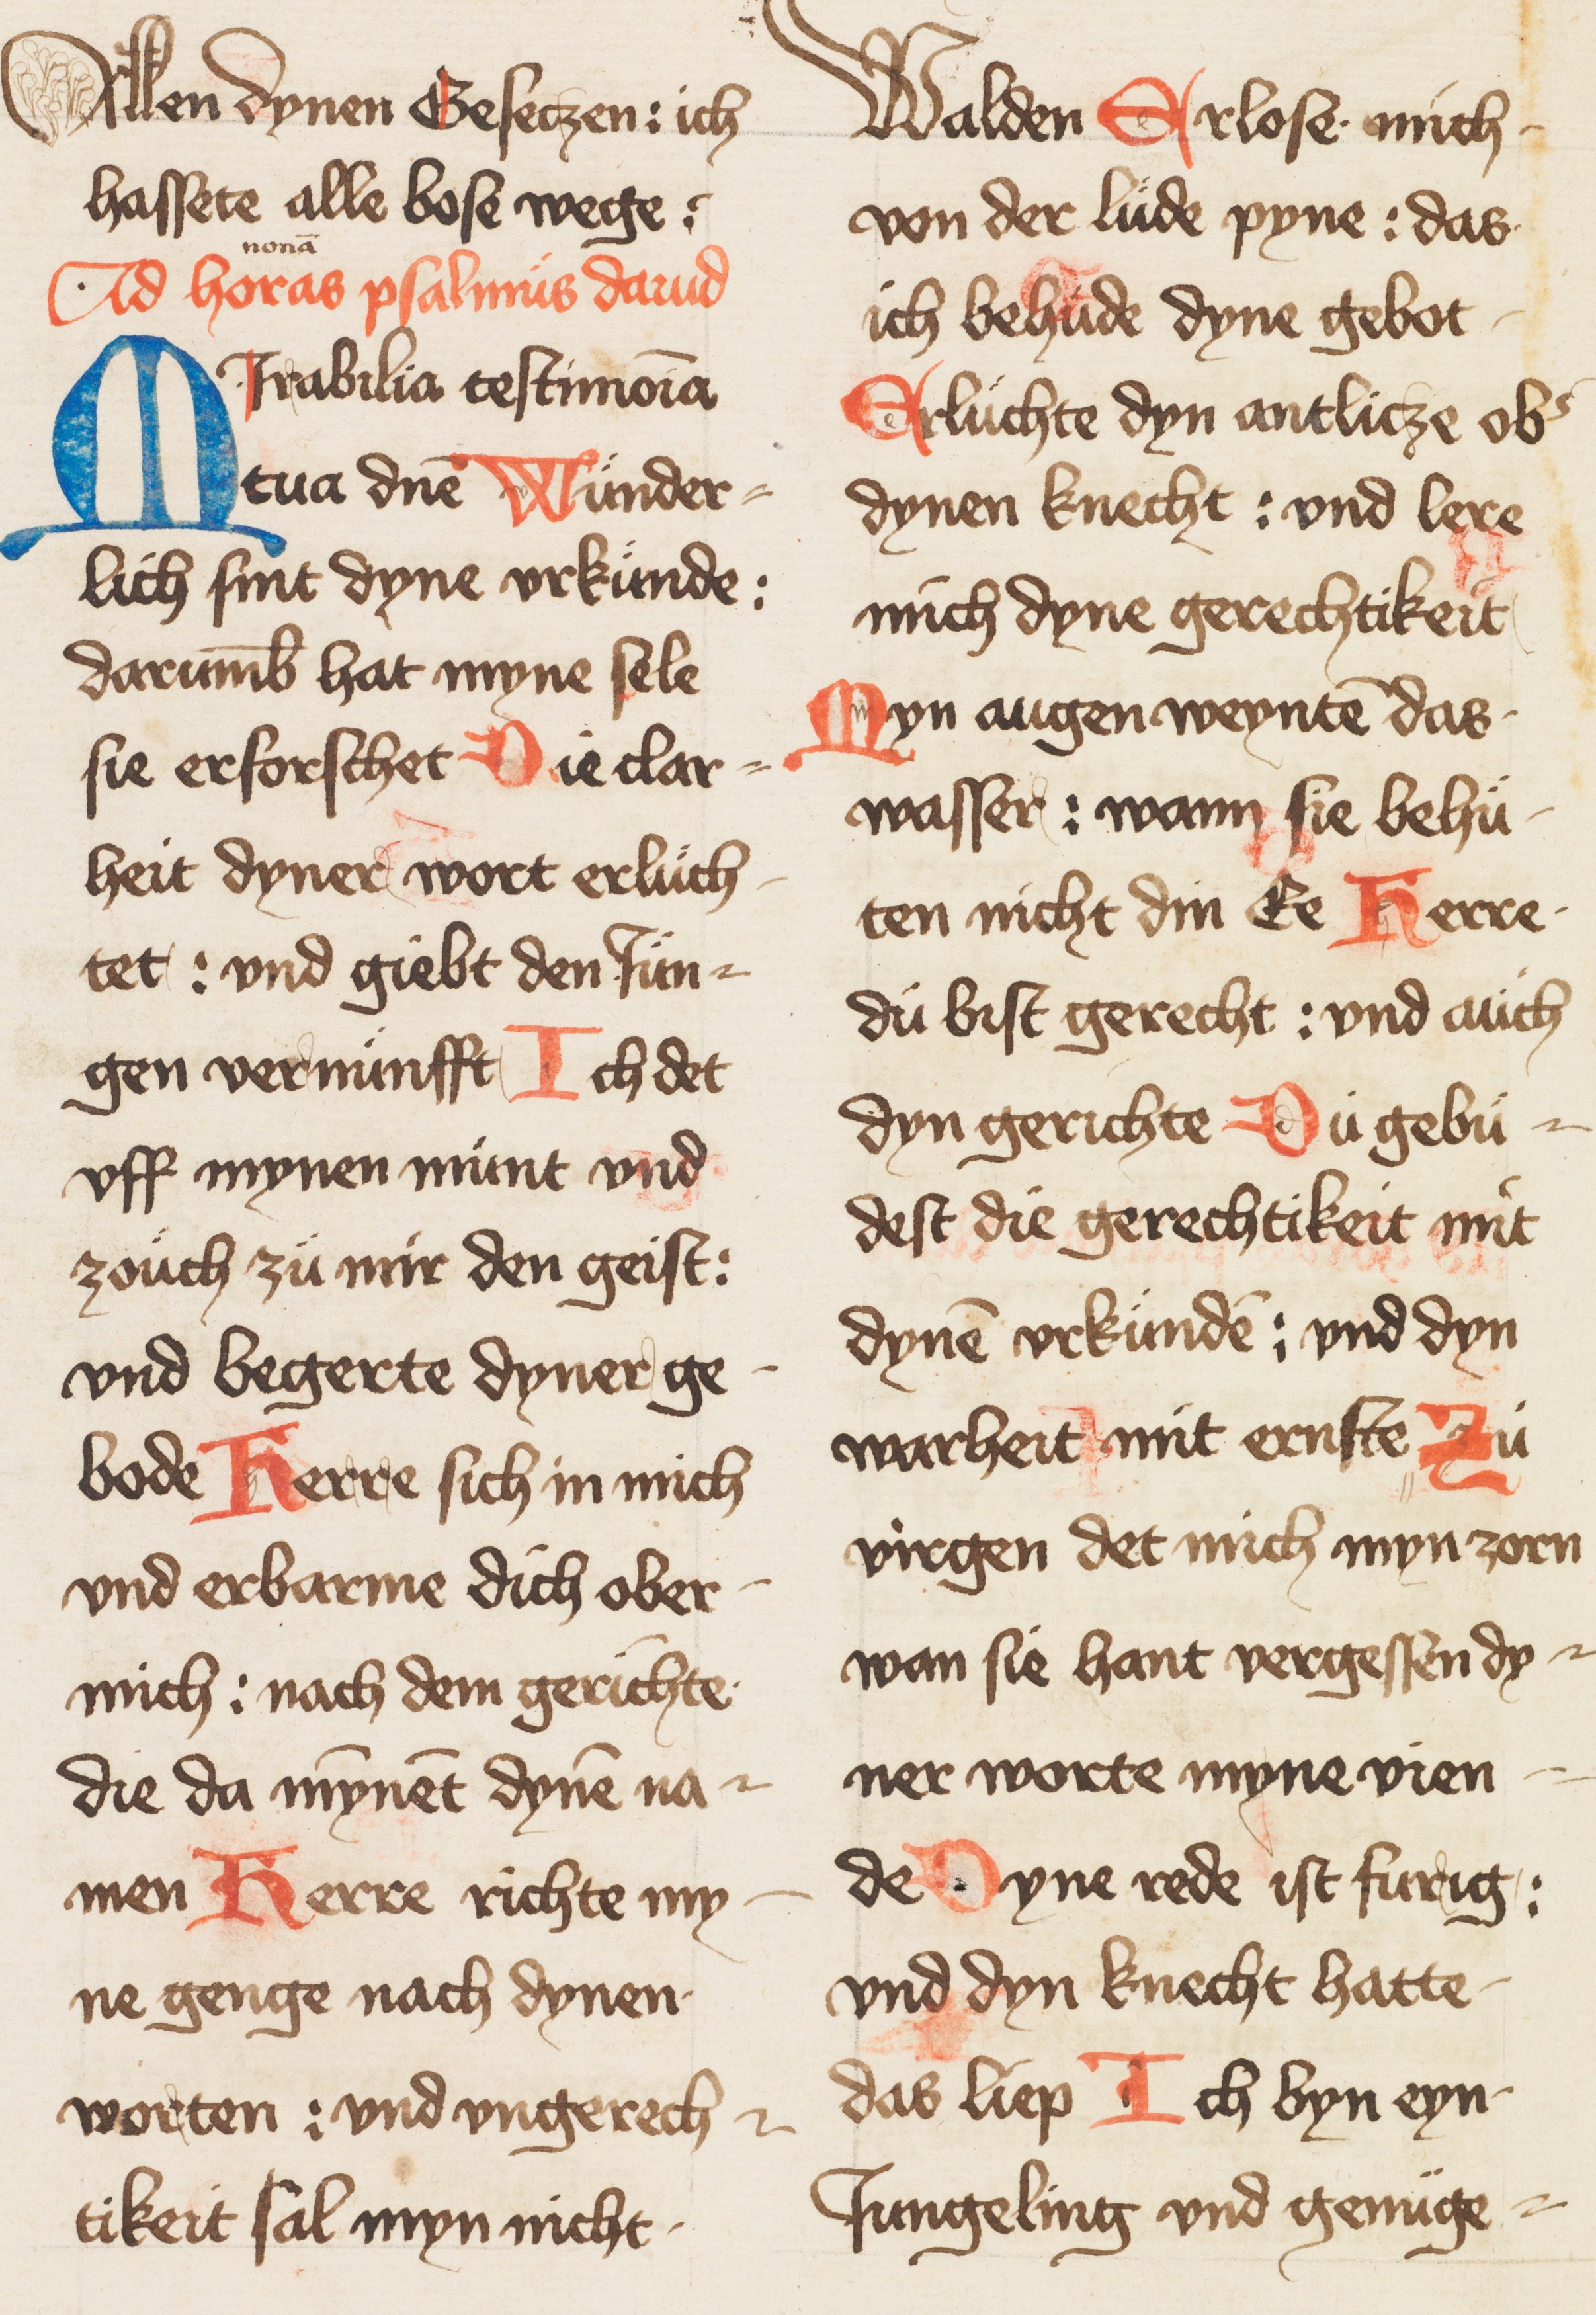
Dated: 1400–1424